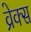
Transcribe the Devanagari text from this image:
व्रेक्स